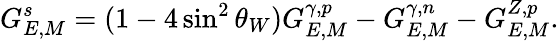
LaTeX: G_{E,M}^{s}=(1-4\sin^{2}\theta_{W})G_{E,M}^{\gamma,p}-G_{E,M}^{\gamma,n}-G_{E,M}^{Z,p}.